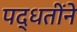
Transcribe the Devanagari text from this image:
पद्धतींने